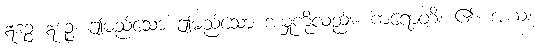
ဣဒဉ္စ ဣဒဉ္စ၊ ဤမည်သော ဤမည်သော အမှုကိုလည်း။ ကရောတိ၊ ၏။ အယံ၊